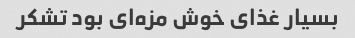
بسیار غذای خوش مزه‌ای بود تشکر